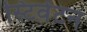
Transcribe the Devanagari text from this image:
स्टिवेंटन